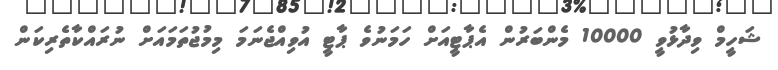
ޝަހީމް ވިދާޅުވީ 10000 މެންބަރުން އެޕާޓީއަށް ހަމަނުވެ ޕާޓީ އުވިއްޖެނަމަ މިމުޖުތަމައަށް ނުރައްކާތެރިކަން